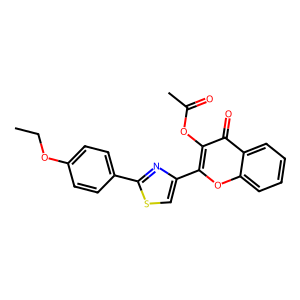
SMILES: CCOc1ccc(-c2nc(-c3oc4ccccc4c(=O)c3OC(C)=O)cs2)cc1
Inhibits HIV replication: No